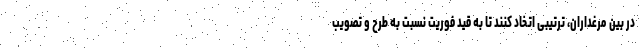
در بین مرغداران، ترتیبی اتخاد کنند تا به قید فوریت نسبت به طرح و تصویب